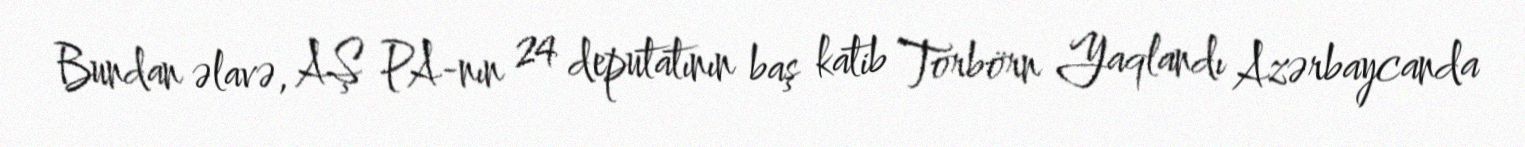
Bundan əlavə, AŞ PA-nın 24 deputatının baş katib Torbörn Yaqlandı Azərbaycanda